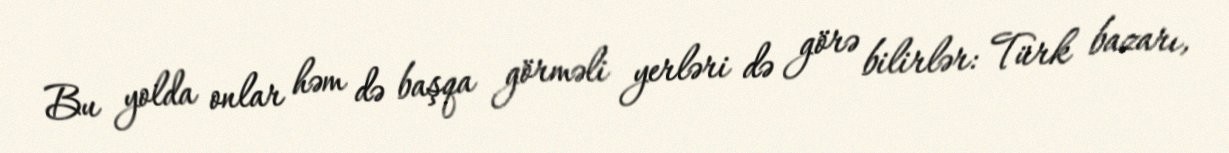
Bu yolda onlar həm də başqa görməli yerləri də görə bilirlər: Türk bazarı,